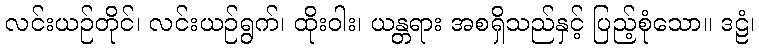
လင်းယဉ်တိုင်၊ လင်းယဉ်ရွက်၊ ထိုးဝါး၊ ယန္တရား အစရှိသည်နှင့် ပြည့်စုံသော။ ဒဠံ၊